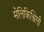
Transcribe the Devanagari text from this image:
मेलिकिश्विली